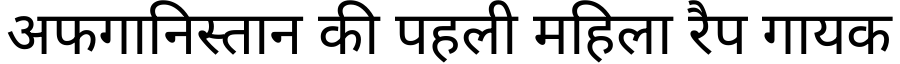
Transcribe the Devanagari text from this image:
अफगानिस्तान की पहली महिला रैप गायक